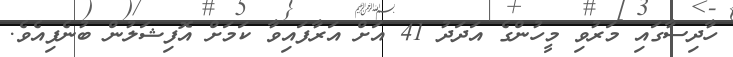
ހާދިސާގައި މަރުވި މީހުންގެ އަދަދު 41 އަށް އަރާފައިވާ ކަމަށް އޮފިޝަލުން ބުނެފިއެވެ.